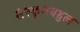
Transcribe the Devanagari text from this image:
संस्कृतबहुल